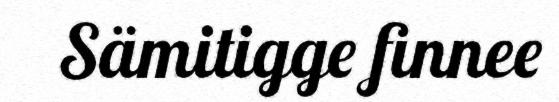
Sämitigge finnee